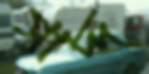
সাদ্দ